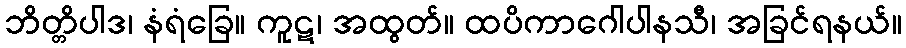
ဘိတ္တိပါဒ၊ နံရံခြေ။ ကူဋ၊ အထွတ်။ ထပိကာဂေါပါနသီ၊ အခြင်ရနယ်။